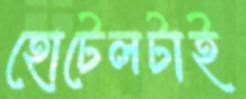
হোটেলটাই